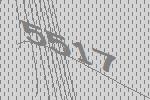
5517